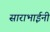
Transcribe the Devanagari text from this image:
साराभाईनी